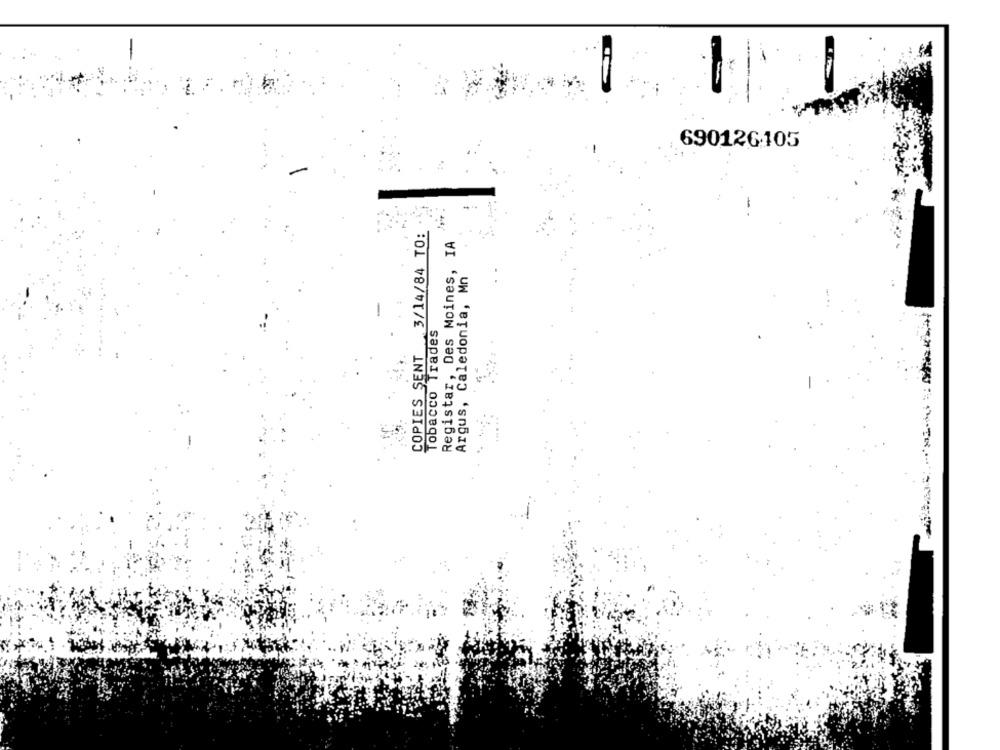
690126-105
COPIES SENT 3/14/84 TO:
Registar, Des Moines, IA
Argus, Caledonia, Mn
Tobacco Trades